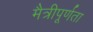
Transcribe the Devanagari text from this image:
मैत्रीपूर्णता